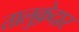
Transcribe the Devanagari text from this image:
तालुक़ेदार